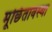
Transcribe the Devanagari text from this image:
मूर्छितावस्था